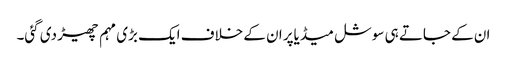
ان کے جاتے ہی سوشل میڈیاپر ان کے خلاف ایک بڑی مہم چھیڑ دی گئی۔